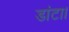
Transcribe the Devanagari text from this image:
डांटा।